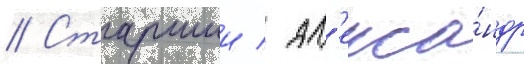
// Старшии / ал'екса́ндр